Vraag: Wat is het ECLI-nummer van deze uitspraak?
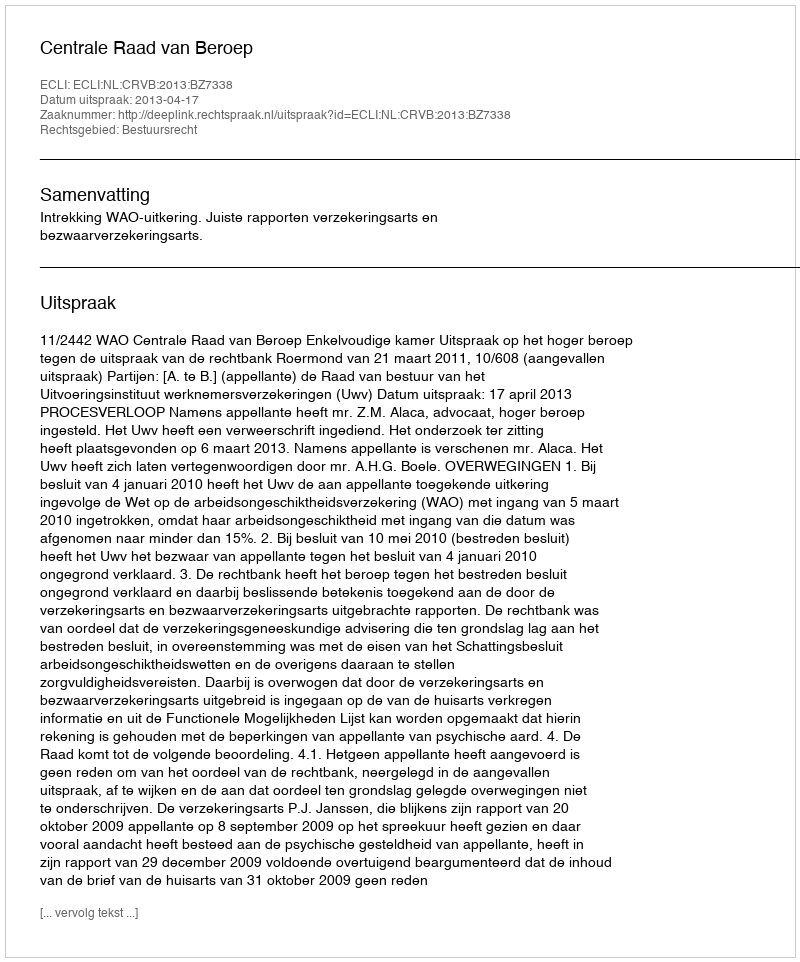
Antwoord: ECLI:NL:CRVB:2013:BZ7338